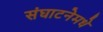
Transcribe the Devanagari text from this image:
संघाटनेमधे